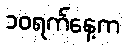
၁၀ရက်နေ့က